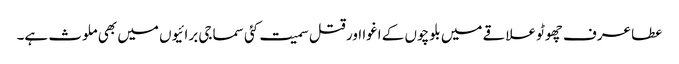
عطا عرف چھوٹو علاقے میں بلوچوں کے اغوا اور قتل سمیت کئی سماجی برائیوں میں بھی ملوث ہے۔